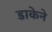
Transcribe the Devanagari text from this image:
डाकेने